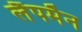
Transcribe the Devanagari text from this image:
लैंपमैन